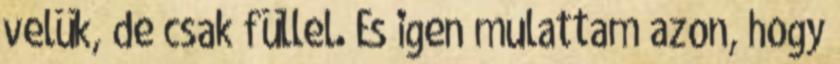
velük, de csak füllel. És igen mulattam azon, hogy